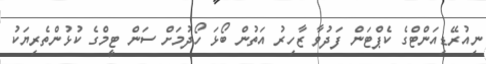
ނިއުރޭޑިއަންޓްގެ ކެޕްޓަން ފަދުވާ ޒާހިރު އަތުން ބޯޅަ ހޯދުމަށް ސަން ޓީމްގެ ކުޅުންތެރިޔަކު